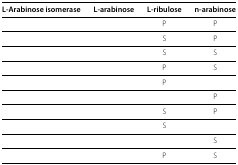
<table><thead><tr><td><b>L-Arabinose isomerase</b></td><td><b>L-arabinose</b></td><td><b>L-ribulose</b></td><td><b>n-arabinose</b></td></tr></thead><tbody><tr><td>[EMPTY_CELL]</td><td>[EMPTY_CELL]</td><td>P</td><td>P</td></tr><tr><td>[EMPTY_CELL]</td><td>[EMPTY_CELL]</td><td>S</td><td>P</td></tr><tr><td>[EMPTY_CELL]</td><td>[EMPTY_CELL]</td><td>S</td><td>S</td></tr><tr><td>[EMPTY_CELL]</td><td>[EMPTY_CELL]</td><td>P</td><td>S</td></tr><tr><td>[EMPTY_CELL]</td><td>[EMPTY_CELL]</td><td>P</td><td>[EMPTY_CELL]</td></tr><tr><td>[EMPTY_CELL]</td><td>[EMPTY_CELL]</td><td>[EMPTY_CELL]</td><td>P</td></tr><tr><td>[EMPTY_CELL]</td><td>[EMPTY_CELL]</td><td>S</td><td>P</td></tr><tr><td>[EMPTY_CELL]</td><td>[EMPTY_CELL]</td><td>S</td><td>[EMPTY_CELL]</td></tr><tr><td>[EMPTY_CELL]</td><td>[EMPTY_CELL]</td><td>[EMPTY_CELL]</td><td>S</td></tr><tr><td>[EMPTY_CELL]</td><td>[EMPTY_CELL]</td><td>P</td><td>S</td></tr></tbody></table>